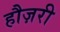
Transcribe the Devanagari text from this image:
हौज़री